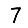
Digit: 7